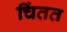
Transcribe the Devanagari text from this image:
चिंतत